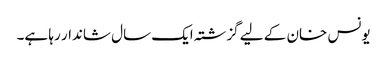
یونس خان کے لیے گزشتہ ایک سال شاندار رہا ہے۔